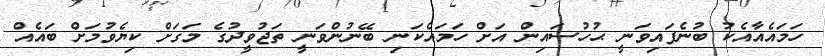
ހަމައެއާއެކު ބުނެފައިވަނީ ޙުހުސައިން އަށް ހަމައެކަނި ބޭނުންވަނީ ތަޖުވީދުގެ މަގަށް ކިޔެވުމަށް ބައެއް